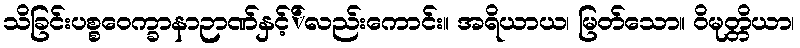
သိခြင်းပစ္စဝေက္ခာနာဉာဏ်နှင့််လည်းကောင်း။ အရိယာယ၊ မြတ်သော။ ဝိမုတ္တိယာ၊